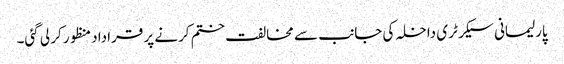
پارلیمانی سیکرٹری داخلہ کی جانب سے مخالفت ختم کرنے پر قراداد منظور کر لی گئی۔